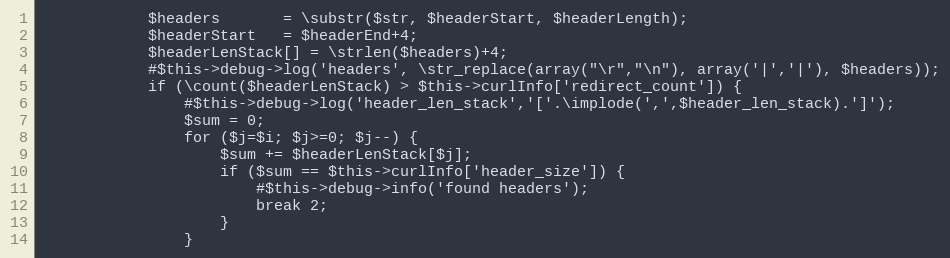
Language: PHP
            $headers       = \substr($str, $headerStart, $headerLength);
            $headerStart   = $headerEnd+4;
            $headerLenStack[] = \strlen($headers)+4;
            #$this->debug->log('headers', \str_replace(array("\r","\n"), array('|','|'), $headers));
            if (\count($headerLenStack) > $this->curlInfo['redirect_count']) {
                #$this->debug->log('header_len_stack','['.\implode(',',$header_len_stack).']');
                $sum = 0;
                for ($j=$i; $j>=0; $j--) {
                    $sum += $headerLenStack[$j];
                    if ($sum == $this->curlInfo['header_size']) {
                        #$this->debug->info('found headers');
                        break 2;
                    }
                }